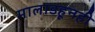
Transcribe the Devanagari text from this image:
मालाडहूनही